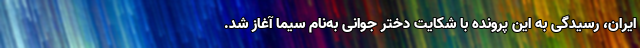
ایران، رسیدگی به این پرونده با شکایت دختر جوانی به‌نام سیما آغاز شد.